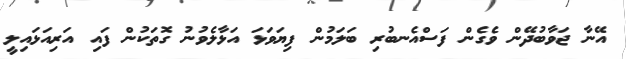
އޭނާ ޖަވާބުދޭން ވެގެން ފަސްއެނބުރި ބަލަމުން ފިޔަވަޅަ އަޅާލެވުނު ގޮތަކުން ފައި އަރިއަޅައިލީ